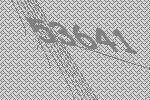
53641